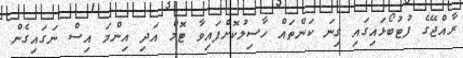
ރާއްޖޭގެ ފުޓުބޯޅައިގައި ގިނަ ކަންތައް ހާސިލުކޮށްފައިވާ ޓޮމް އަދި އިންމަ އިސް ނަގައިގެން